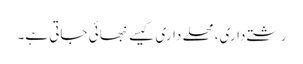
رشتے داری، محلے داری کیسے نبھائی جاتی ہے۔